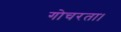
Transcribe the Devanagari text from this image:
गोचरता।